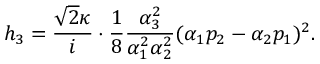
h _ { 3 } = \frac { \sqrt { 2 } \kappa } { i } \cdot \frac { 1 } { 8 } \frac { \alpha _ { 3 } ^ { 2 } } { \alpha _ { 1 } ^ { 2 } \alpha _ { 2 } ^ { 2 } } ( \alpha _ { 1 } p _ { 2 } - \alpha _ { 2 } p _ { 1 } ) ^ { 2 } .